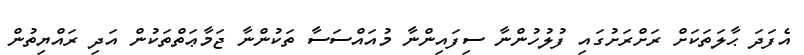
އެފަދަ ޙާލަތަކަށް ރަށްރަށުގައި ފުލުހުންނާ ސިފައިންނާ މުއައްސަސާ ތަކުންނާ ޖަމާޢަތްތަކުން އަދި ރައްޔިތުން